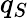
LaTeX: q_{S}